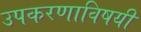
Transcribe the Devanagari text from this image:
उपकरणाविषयी